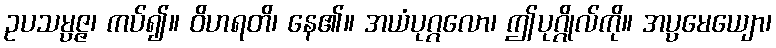
ဥပသမ္ပဇ္ဇ၊ ကပ်၍။ ဝိဟရတိ၊ နေ၏။ အယံပုဂ္ဂလော၊ ဤပုဂ္ဂိုလ်ကို။ အပ္ပမေယျော၊